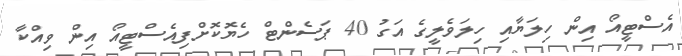
އެސްޓީއޯ އިން ހިލަޔާއި ހިލަވެލީގެ އަގު 40 ޕަސެންޓް ހެޔޮކޮށްފިއެސްޓީއޯ އިން ވިއްކާ